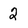
Character: 2